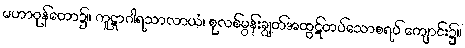
မဟာဝုန်တော၌။ ကူဋာဂါရသာလာယံ၊ စုလစ်မွန်းချွတ်အထွဋ်တပ်သောစရပ် ကျောင်း၌။